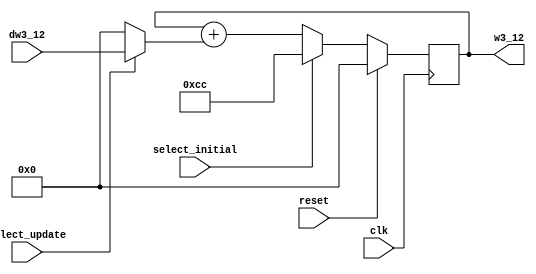
`timescale 1ns / 1ps
//////////////////////////////////////////////////////////////////////////////////
// Company: Kyushu Institute of Technology
// 
// Design Name:    Neural Network (using backpropagation)
// Module Name:    w3_12
// Project Name:   LSI Design Contest in Okinawa 2018
// Target Devices: 
// Tool versions: 
//
// Description: 
//		Calculation of w3_12, when the select initial signal is active, 
// 	    the output will be the initial value of w3_12, and when the select update 
//		signal is active, the output will be the new value of w3_12
//	Input: 
//		clk	    : 1 bit
//		reset	: 1 bit : high active
//		dw3_12	: 16 bits 00_0000.0000_0000_00 signed	 : delta weight3_12
//		select_initial	: 1 bit	: high active
//		select_update	: 1 bit	: high active
//	Output:
//		w3_12	: 16 bits 00_0000.0000_0000_00 signed : weight3_12
// Dependencies: 
//
// Revision: 
// Revision 0.01 - File Created
// Additional Comments: 
//
//////////////////////////////////////////////////////////////////////////////////
module w3_12(clk, reset, dw3_12, select_initial, select_update, w3_12);
	
	input clk, reset;
	input select_initial, select_update;
	input signed [15:0] dw3_12;
	output signed [15:0] w3_12;
	
	reg signed [15:0] zero = 16'b0;
	reg signed [15:0] w3_12;
	reg signed [15:0] init_w3_12 = 16'b00_0000_0011_0011_00;   //initial w3_12 = 0.2
	reg signed [15:0] net1, net2;
	
	always @(posedge clk)
		begin
			if(reset==1)
				begin
					net1=0;
					net2=0;
					w3_12=0;
				end
			else
				begin
					net1 = select_update? dw3_12 : zero;
					net2 = w3_12 + net1;
					w3_12 = select_initial? init_w3_12 : net2;
				end
		end
endmodule